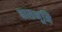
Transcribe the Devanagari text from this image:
बासभूमि